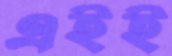
এইই